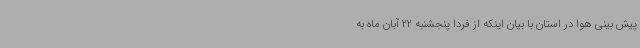
پیش بینی هوا در استان با بیان اینکه از فردا پنجشنبه 22 آبان ماه به